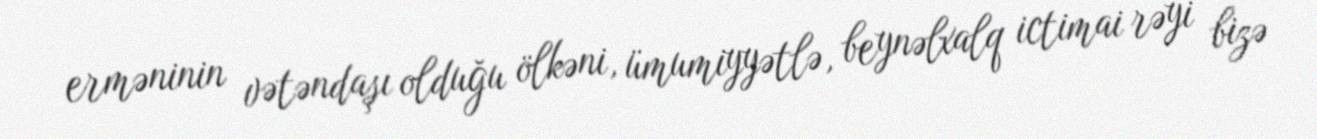
erməninin vətəndaşı olduğu ölkəni, ümumiyyətlə, beynəlxalq ictimai rəyi bizə